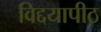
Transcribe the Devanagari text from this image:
विद्दयापीठ